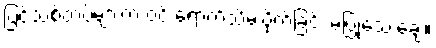
ပြင်သစ်တပ်များက ဝင် ရောက်သိမ်းပိုက်ခြင်း မပြုသေးချေ။